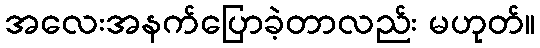
အလေးအနက်ပြောခဲ့တာလည်း မဟုတ်။